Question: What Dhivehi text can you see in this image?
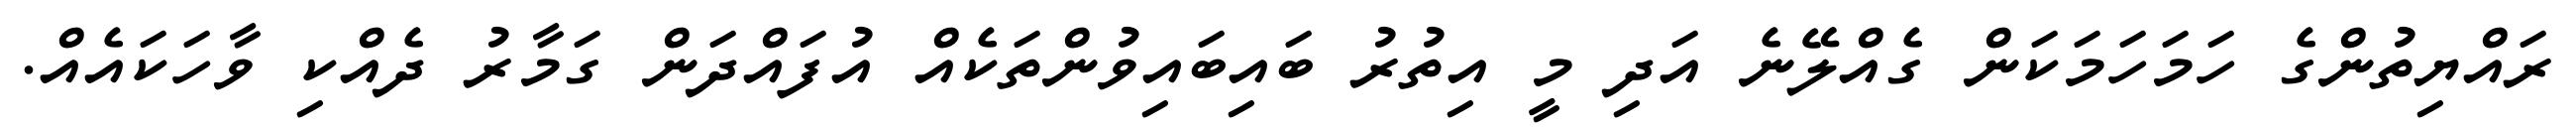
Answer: ރައްޔިތުންގެ ހަމަހަމަކަން ގެއްލޭނެ އަދި މީ އިތުރު ބައިބައިވުންތަކެއް އުފައްދަން ގަމާރު ދެއްކި ވާހަކައެއް.